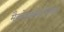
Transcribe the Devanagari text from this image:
मैक्रोइकोनॉमिक्स